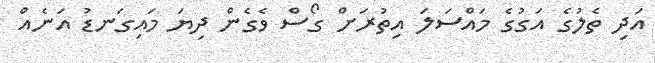
އަދި ތެލުގެ އަގުގެ މައްސަލަ އިތުރަށް ގޯސް ވެގެން ދިޔަ މައިގަނޑު އަނެއް